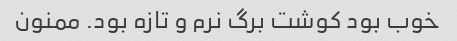
خوب بود کوشت برگ نرم و تازه بود. ممنون